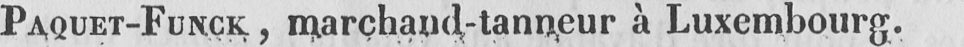
PAQUET-FUNCK, marchaud-tanneur à Luxembourg.